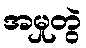
အမှုတွဲ